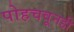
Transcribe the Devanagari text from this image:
पोहचवूनही